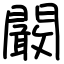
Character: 闞